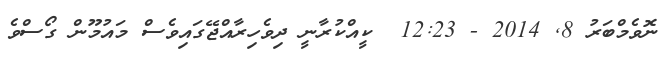
ނޮވެމްބަރު 8